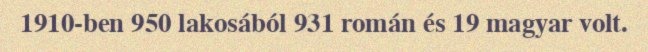
1910-ben 950 lakosából 931 román és 19 magyar volt.